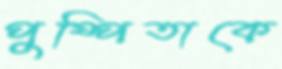
পুষ্পিতাকে